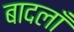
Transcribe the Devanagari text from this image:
बादलाँ